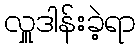
လှူဒါန်းခဲ့ရာ